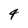
Character: 4